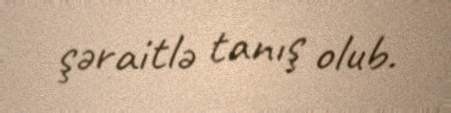
şəraitlə tanış olub.